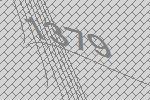
1379